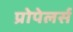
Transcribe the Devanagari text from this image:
प्रोपेलर्स